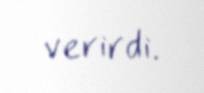
verirdi.